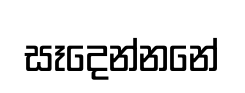
සෑදෙන්නනේ